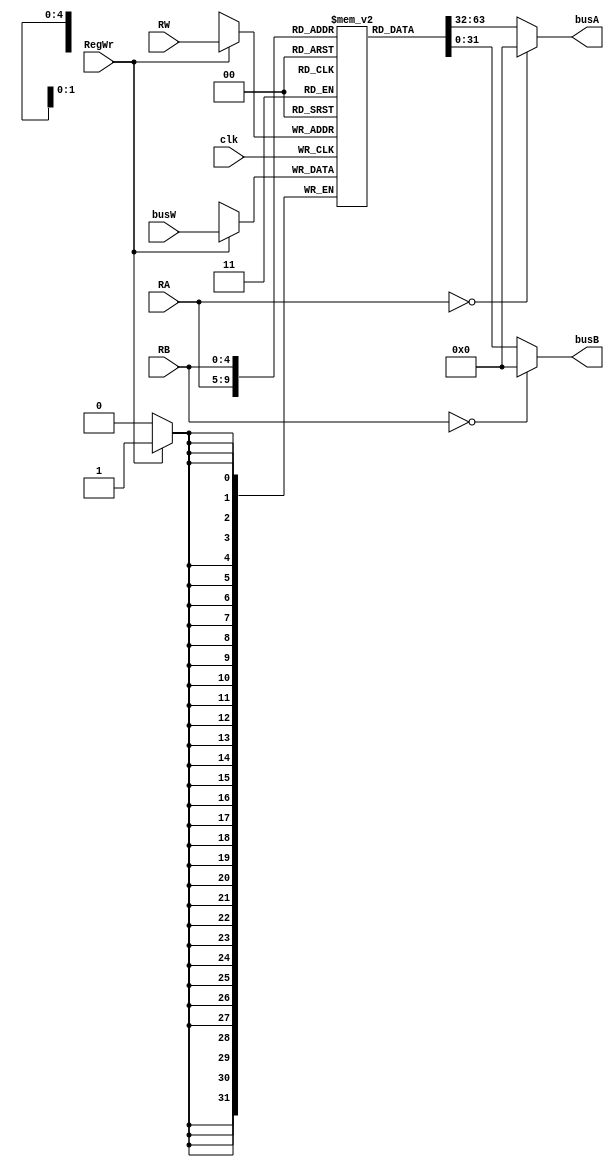
`timescale 1ns / 1ps
//////////////////////////////////////////////////////////////////////////////////
// Company: 
// Engineer: 
// 
// Design Name: 
// Module Name: register_file
// Project Name: 
// Target Devices: 
// Tool Versions: 
// Description: 
// 
// Dependencies: 
// 
// Revision:
// Revision 0.01 - File Created
// Additional Comments:
// 
//////////////////////////////////////////////////////////////////////////////////


module RegisterFile(busA, busB, busW, RA, RB, RW, RegWr, clk);
input [4:0] RA;
input [4:0] RB;
input [4:0] RW;
input [31:0] busW;
input RegWr, clk;
output  [31:0] busA;
output  [31:0] busB ;
reg [31:0] file [31:0];

always @(posedge clk) begin
    if(RegWr) file[RW] <= busW;
end 

assign busA = RA == 0 ? 0 : file[RA];
assign busB = RB == 0 ? 0 : file[RB];
endmodule